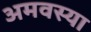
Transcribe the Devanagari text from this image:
अमवस्या